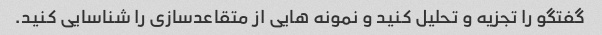
گفتگو را تجزیه و تحلیل کنید و نمونه هایی از متقاعدسازی را شناسایی کنید.